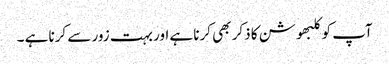
آپ کو کلبھوشن کا ذکر بھی کرنا ہے اور بہت زور سے کرنا ہے ۔